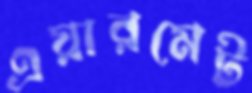
এয়ারমেট